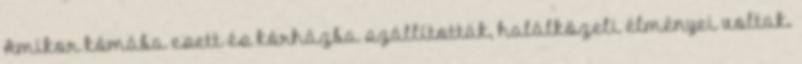
Amikor kómába esett és kórházba szállították, halálközeli élményei voltak.